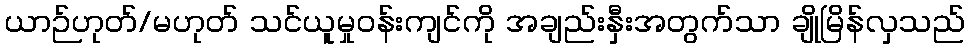
ယာဉ်ဟုတ်/မဟုတ် သင်ယူမှုဝန်းကျင်ကို အချည်းနှီးအတွက်သာ ချိုမြိန်လှသည်